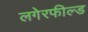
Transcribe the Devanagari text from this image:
लगेरफील्ड